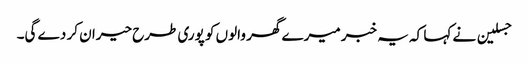
جسلین نے کہا کہ یہ خبر میرے گھر والوں کو پوری طرح حیران کر دے گی۔